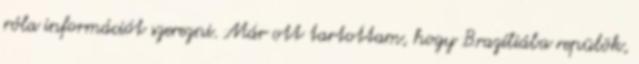
róla információt szerezni. Már ott tartottam, hogy Brazíliába repülök,